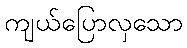
ကျယ်ပြောလှသော